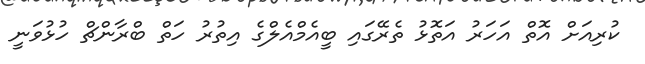
ކުރިއަށް އޮތް އަހަރު އަތޮޅު ތެރޭގައި ބީއެމްއެލްގެ އިތުރު ހަތް ބްރާންޗް ހުޅުވަނީ